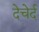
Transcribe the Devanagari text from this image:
देचेर्द